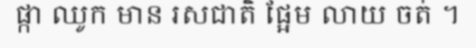
ផ្កា ឈូក មាន រសជាតិ ផ្អែម លាយ ចត់ ។